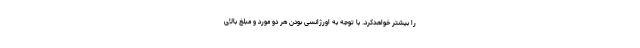
را بیشتر خواهدکرد. با توجه به اورژانسی بودن هر دو مورد و مبلغ بالای